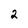
Character: 2